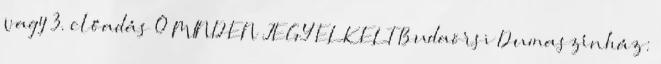
vagy 3. előadás 0 MINDEN JEGY ELKELT Budaörsi Dumaszínház: